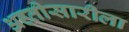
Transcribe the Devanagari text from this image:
अह्तीसारीला